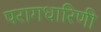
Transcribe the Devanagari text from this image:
परागधारिणी